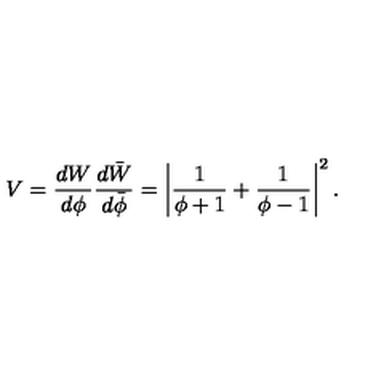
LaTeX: V = \frac { d W } { d \phi } \frac { d \bar { W } } { d \bar { \phi } } = \left| \frac { 1 } { \phi + 1 } + \frac { 1 } { \phi - 1 } \right| ^ { 2 } .